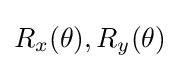
R_{x}(\theta ),R_{y}(\theta )